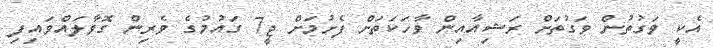
އެކީ ވަގުތުން ވަގުތަށް ރަޝިއާއިން ވާހަކަތަށް ފެށުމަށް ޖީ7 ގައުމުގެ ވެރިން ގޮވާލައްވައިފި